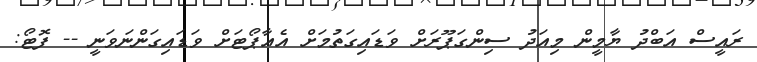
ރައީސް އަބްދު ޔާމީން މިއަދު ސިންގަޕޫރަށް ވަޑައިގަތުމަށް އެއާޕޯޓަށް ވަޑައިގަންނަވަނީ -- ފޮޓޯ: